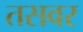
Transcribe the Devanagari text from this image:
तसवर